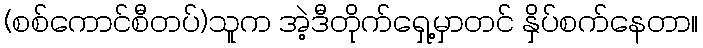
(စစ်ကောင်စီတပ်)သူက အဲ့ဒီတိုက်ရှေ့မှာတင် နှိပ်စက်နေတာ။